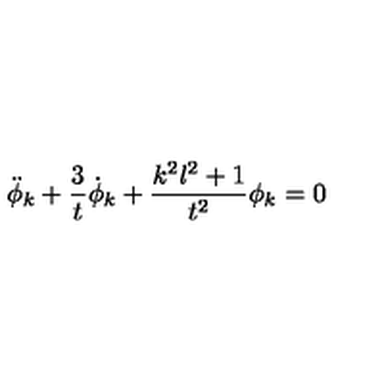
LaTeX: \ddot { \phi } _ { k } + \frac { 3 } { t } \dot { \phi } _ { k } + \frac { k ^ { 2 } l ^ { 2 } + 1 } { t ^ { 2 } } \phi _ { k } = 0